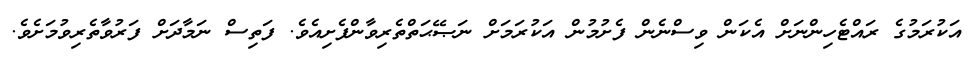
އަކުރަމުގެ ރައްޓެހިންނަށް އެކަން ވިސްނެން ފެށުމުން އަކުރަމަށް ނަޞޭޙަތްތެރިވާންފެށިއެވެ. ފަތިސް ނަމާދަށް ފަރުވާތެރިވުމަށެވެ.